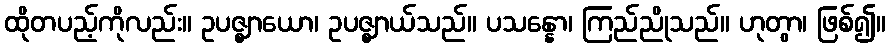
ထိုတပည့်ကိုလည်း။ ဥပဇ္ဈာယော၊ ဥပဇ္ဈာယ်သည်။ ပသန္နော၊ ကြည်ညိုသည်။ ဟုတွာ၊ ဖြစ်၍။